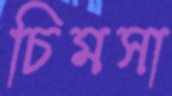
চিমসা